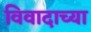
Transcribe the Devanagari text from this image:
विवादाच्या